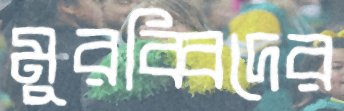
মুরব্বিদের